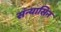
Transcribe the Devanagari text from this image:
संन्यासिन